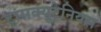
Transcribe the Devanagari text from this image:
ट्रांसक्यूटेनियस